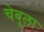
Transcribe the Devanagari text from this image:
चेबुला